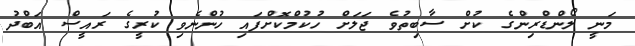
މަނީ ލޯންޑްރިންގެ ކުށް ސާބިތުވެ ޖަލަށް ހުކުމްކޮށްފައި ހުންނެވި ކުރީގެ ރައީސް އަބްދު